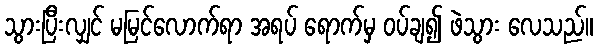
သွားပြီးလျှင် မမြင်လောက်ရာ အရပ် ရောက်မှ ဝပ်ချ၍ ဖဲသွား လေသည်။